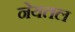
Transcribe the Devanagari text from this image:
नेयतल